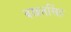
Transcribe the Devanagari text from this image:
बखतसिंह